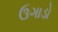
ઉગાડો